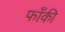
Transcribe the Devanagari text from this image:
फाँकी